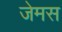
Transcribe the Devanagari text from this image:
जेमस